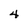
Character: 4